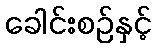
ခေါင်းစဉ်နှင့်